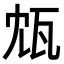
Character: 瓭